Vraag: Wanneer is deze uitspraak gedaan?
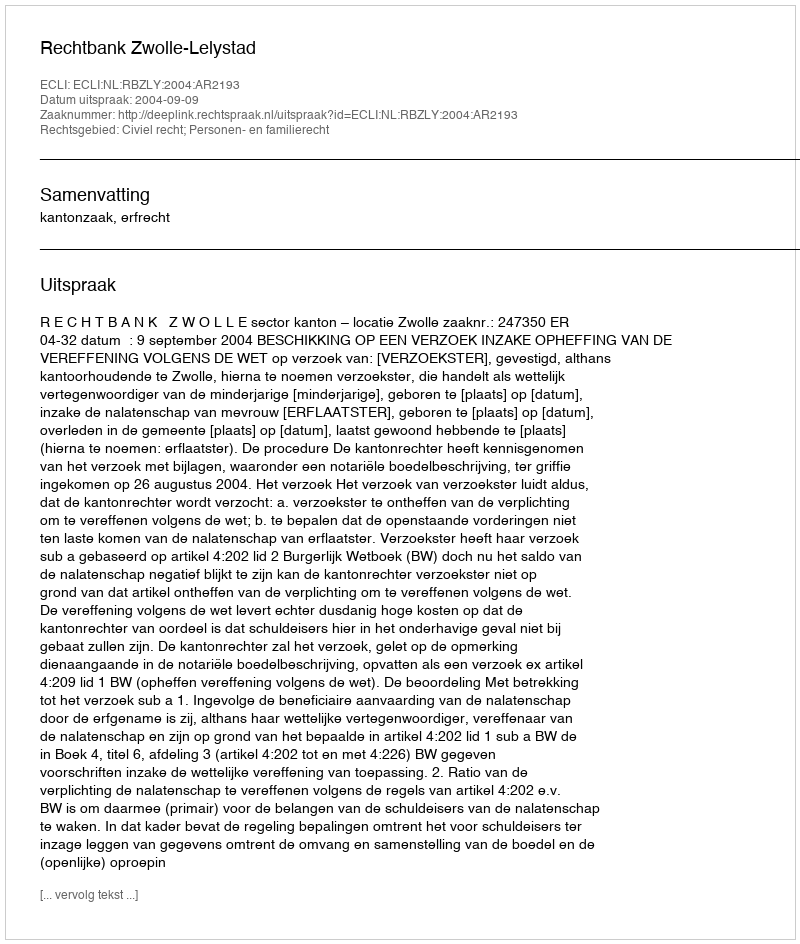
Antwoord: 2004-09-09